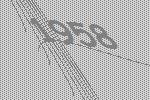
1958